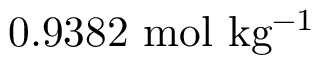
\mathrm { 0 . 9 3 8 2 \ m o l \ k g ^ { - 1 } }